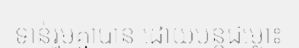
ទាន់រួមគ្នាបាន ដោយបន្តជម្លោះ